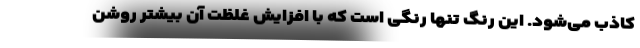
کاذب می‌شود. این رنگ تنها رنگی است که با افزایش غلظت آن بیشتر روشن